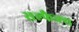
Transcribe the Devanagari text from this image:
सल्फैक्स